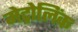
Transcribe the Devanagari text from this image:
मेट्रोलिंक